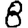
Digit: 8